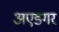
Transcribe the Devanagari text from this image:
अएडगर